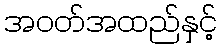
အဝတ်အထည်နှင့်